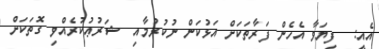
އެއީ:  ފިޔަވާ އެހެން ފަރާތަކަށް އަޅުކަން ނުކުރުމާއި  ޝަރުޢުކުރެއްވި ގޮތަކަށް